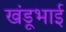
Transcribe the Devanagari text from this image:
खंडूभाई